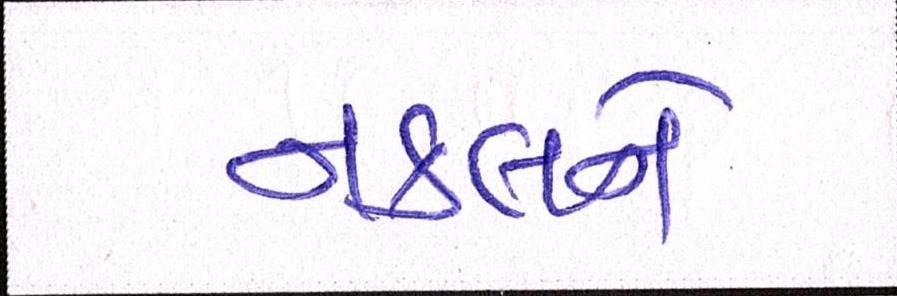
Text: નકલને